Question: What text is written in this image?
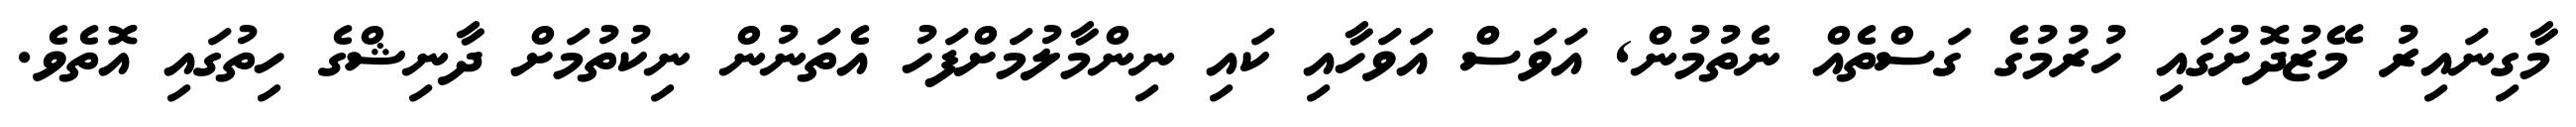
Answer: މާގިނައިރު މޭޒުދޮށުގައި ހުރުމުގެ ގަސްތެއް ނެތުމުން, އަވަސްް އަވަހާއި ކައި ނިންމާލުމަށްފަހު އެތަނުން ނިކުތުމަށް ދާނިޝްގެ ހިތުގައި އޮތެވެ.